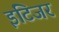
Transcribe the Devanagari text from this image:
इंटिजर